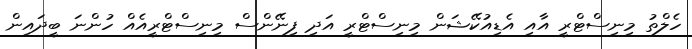
ހެލްތު މިނިސްޓްރީ އާއި އެޑިއުކޭޝަން މިނިސްޓްރީ އަދި ފިނޭންސް މިނިސްޓްރީއެއް ހުންނަ ބީދައިން